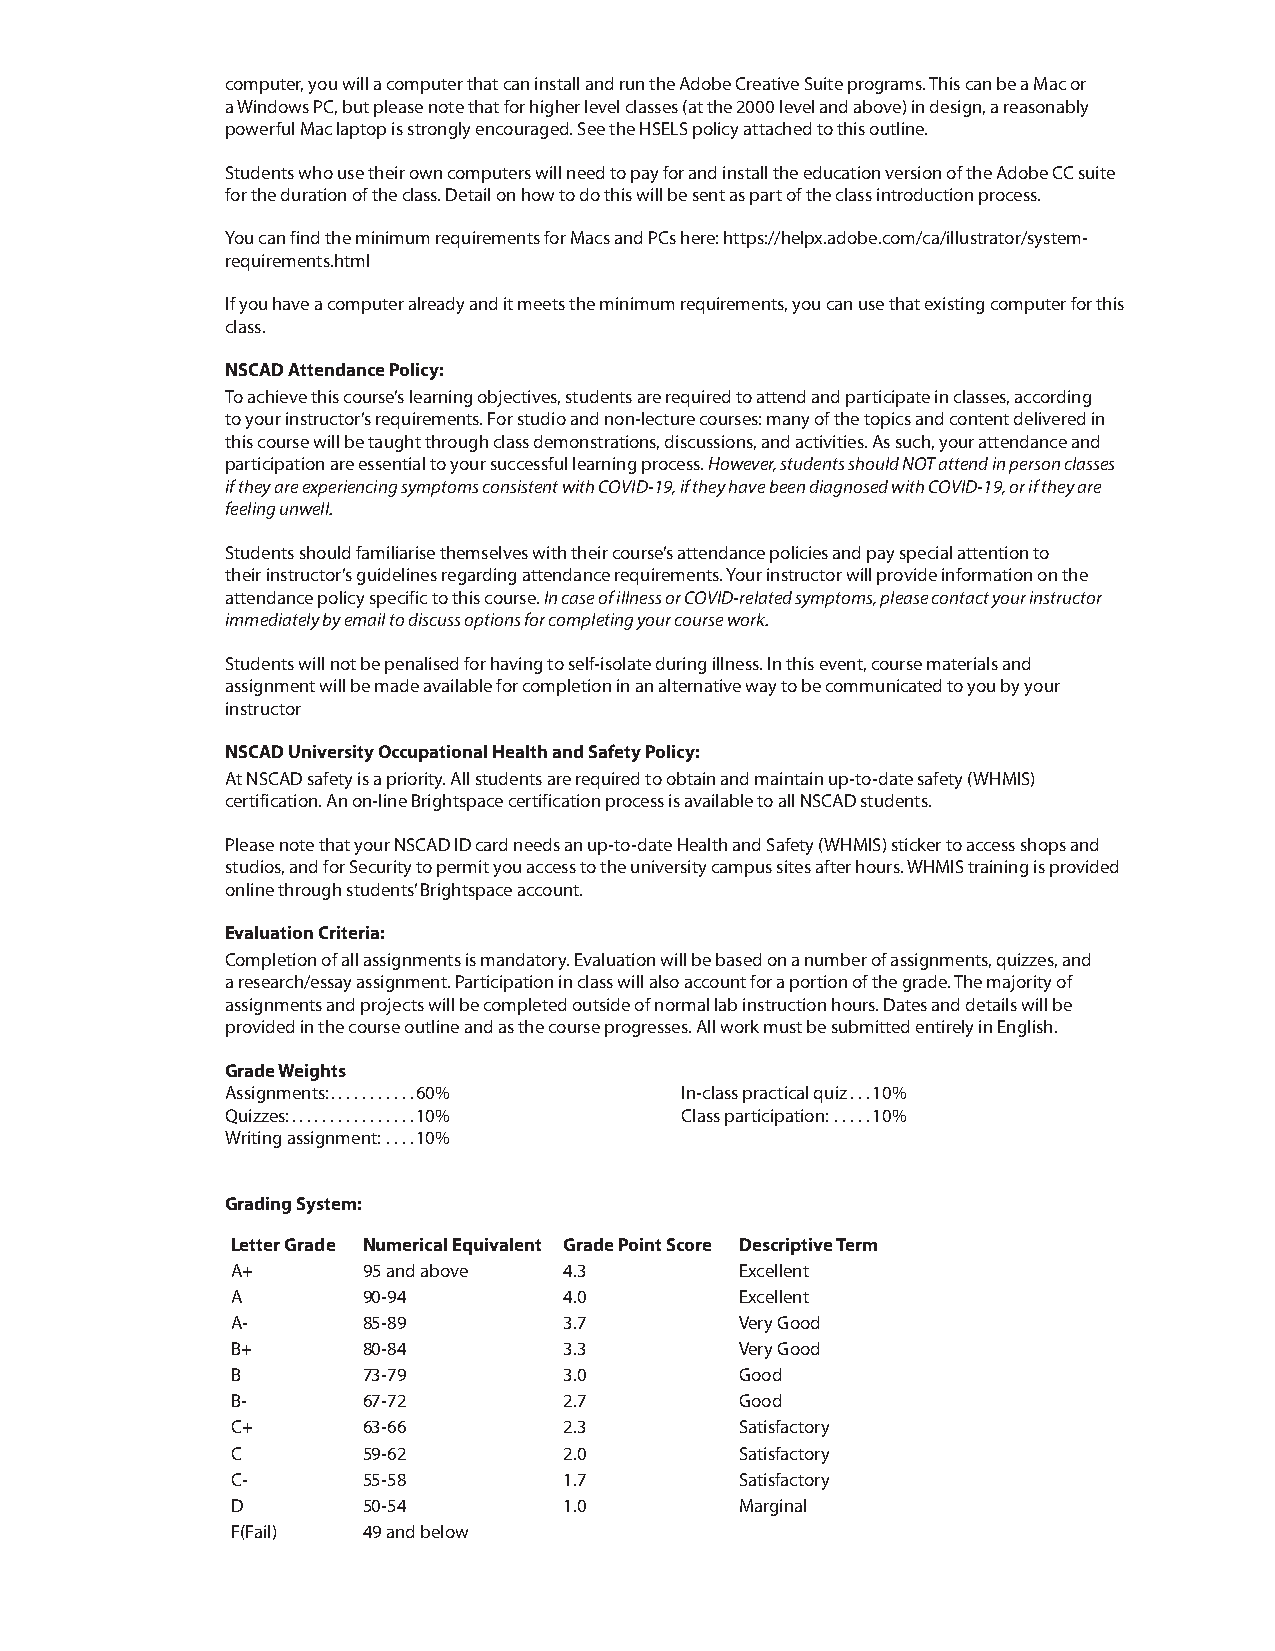
computer, you will a computer that can install and run the Adobe Creative Suite programs. This can be a Mac or
 a Windows PC, but please note that for higher level classes (at the 2000 level and above) in design, a reasonably
 powerful Mac laptop is strongly encouraged. See the HSELS policy attached to this outline.
 Students who use their own computers will need to pay for and install the education version of the Adobe CC suite
 for the duration of the class. Detail on how to do this will be sent as part of the class introduction process.
 You can find the minimum requirements for Macs and PCs here: https://helpx.adobe.com/ca/illustrator/system-
 requirements.html
 If you have a computer already and it meets the minimum requirements, you can use that existing computer for this
 class.
 NSCAD Attendance Policy:
 To achieve this course’s learning objectives, students are required to attend and participate in classes, according
 to your instructor’s requirements. For studio and non-lecture courses: many of the topics and content delivered in
 this course will be taught through class demonstrations, discussions, and activities. As such, your attendance and
 participation are essential to your successful learning process. However, students should NOT attend in person classes
 if they are experiencing symptoms consistent with COVID-19, if they have been diagnosed with COVID-19, or if they are
 feeling unwell.
 Students should familiarise themselves with their course’s attendance policies and pay special attention to
 their instructor’s guidelines regarding attendance requirements. Your instructor will provide information on the
 attendance policy specific to this course. In case of illness or COVID-related symptoms, please contact your instructor
 immediately by email to discuss options for completing your course work.
 Students will not be penalised for having to self-isolate during illness. In this event, course materials and
 assignment will be made available for completion in an alternative way to be communicated to you by your
 instructor
 NSCAD University Occupational Health and Safety Policy:
 At NSCAD safety is a priority. All students are required to obtain and maintain up-to-date safety (WHMIS)
 certification. An on-line Brightspace certification process is available to all NSCAD students.
 Please note that your NSCAD ID card needs an up-to-date Health and Safety (WHMIS) sticker to access shops and
 studios, and for Security to permit you access to the university campus sites after hours. WHMIS training is provided
 online through students’ Brightspace account.
 Evaluation Criteria:
 Completion of all assignments is mandatory. Evaluation will be based on a number of assignments, quizzes, and
 a research/essay assignment. Participation in class will also account for a portion of the grade. The majority of
 assignments and projects will be completed outside of normal lab instruction hours. Dates and details will be
 provided in the course outline and as the course progresses. All work must be submitted entirely in English.
 Grade Weights
 Assignments:...........60%    In-class practical quiz...10%
 Quizzes:................10%   Class participation: .....10%
 Writing assignment: ....10%
 Grading System:
 Letter Grade Numerical Equivalent Grade Point Score Descriptive Term
 A+       95 and above 4.3         Excellent
 A        90-94        4.0         Excellent
 A-       85-89        3.7         Very Good
 B+       80-84        3.3         Very Good
 B        73-79        3.0         Good
 B-       67-72        2.7         Good
 C+       63-66        2.3         Satisfactory
 C        59-62        2.0         Satisfactory
 C-       55-58        1.7         Satisfactory
 D        50-54        1.0         Marginal
 F(Fail)  49 and below